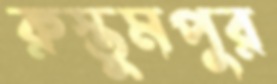
রুস্তুমপুর